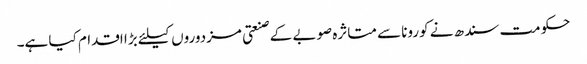
حکومت سندھ نے کورونا سے متاثرہ صوبے کے صنعتی مزدوروں کیلئے بڑا اقدام کیا ہے۔